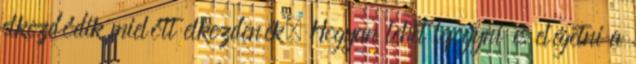
elkezdődik mielőtt elkezdenék. Hogyan lehet lefogyni és elégetni a